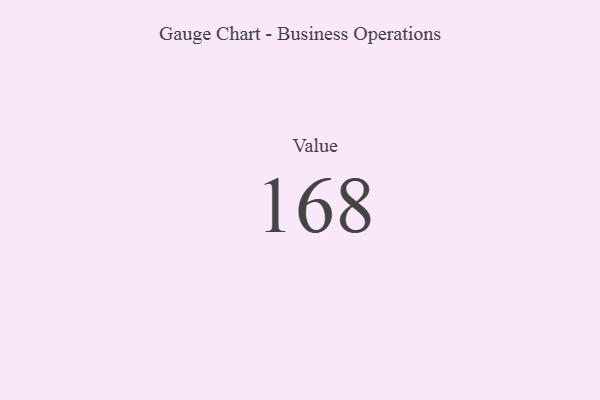
{"axis": {"x": "Metric", "y": "Value"}, "legend": [""], "data": [{"x": "Value", "y": 168, "type": ""}]}